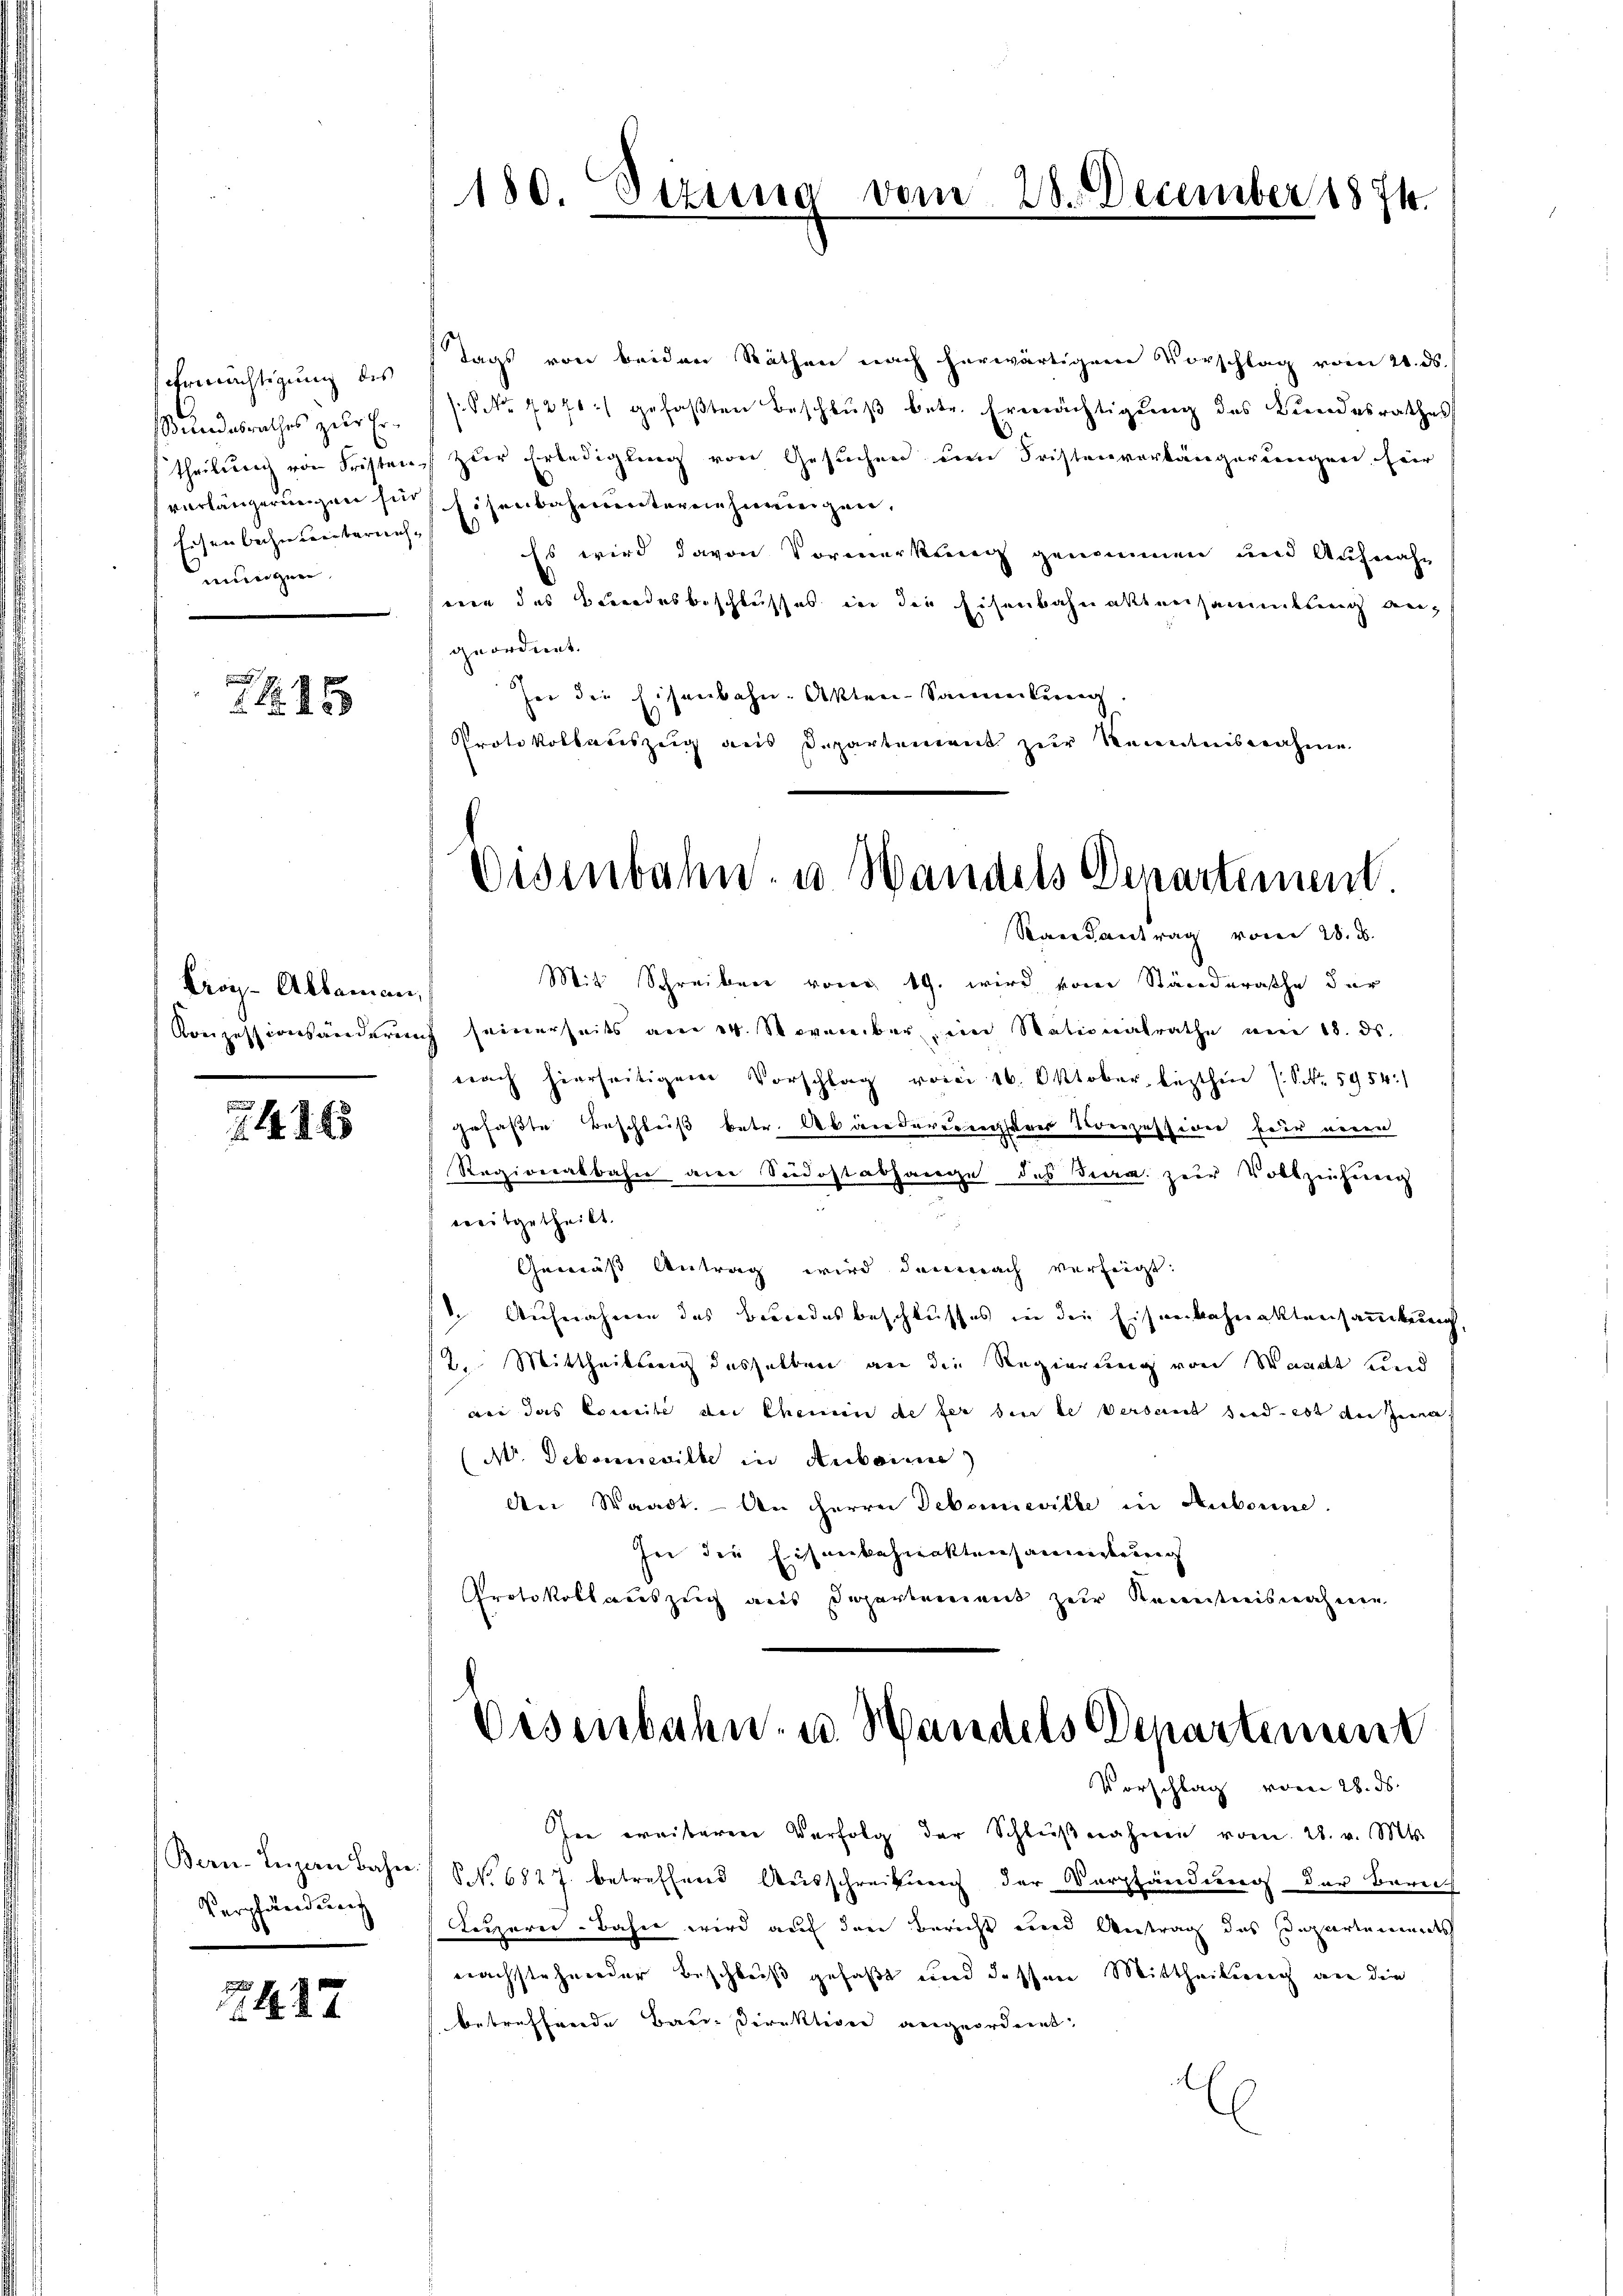
Ermächtigung des
Stundesrathes zur Ertheilung von Frister
verlängerungen sie
fuhren beigen einbaren
mungen,

B
 . 25

Croy-Allaman,

486

(Bern. Luzern Bahn.
Verpfändung

44. 27.

180. Sizung

Tags von beiden Räthen nach herwärtigen Vorschlag vom 21. ds.
/: No 1276) gefaβten Beschlŭβ betr. Ermächtigung des Bundesrathes
s zur Erledigung von Gesuchen um Fristenverlängerungen, für
Eisenbahnderternehmungen,
ach
Es wird davon Vormerkung genommen und Aufnahm
wen des Bundesbeschlusses in die Eisenbahnaktersammlung angeordnet.
her die Eisenbahn. Akten-Sammlung.
Protokollariszeig aus Departement zur Kenntnisnahme

Mit Schreiben von 19. wird vom Ständerasche der
Konzessionsänderung seinerseits am 24. November, im Stationalrathe am 18. ds.
nach hierseitigem Vorschlag vom 16. Oktober lezthin (S. 5954:
gefaßte Beschluß betr. Abänderessener Verzessigen für einen
Regionalbahn am Südostabhange des Biera zur Vollziehener
weitgetheilt.
Gemäß Antrag wird demnach verfügt:
 Aufnahme des Beundesbeschlusses in die Eisenbahnaktensammlung,
2. Mittheilung desselben an die Regierung von Waadt und
wer das Concile der Chemin de fer den le verbaut sind est du jema
(N. Debonneville in Autorie)
An Staadt. An Herrn Debeneville in Aubonne.
In die Eisenbahnaktensammlung
Protokollauszug aus Departement zur Kenntnisnahme

Dem

20. December 1874.

Disenbahn- u. Wandels Departement.
Raisantrag vom 28. d.

Disenbahn- u. Handels Departinen
Vorschlag vom 28. ds.

Ine weiterere Verfolg der Schlŭβnahmen vom 28. v. Mts.
NNo. 6827 betreffend Ausschreibung der Verpfändung der Berei
Luzern-Bahn wird auf den Bericht und Antrag das Departements
nachstehender Beschluß gefaßt und dessen Mittheilung an die
betreffende Bau- Direktion angeordnet:
E